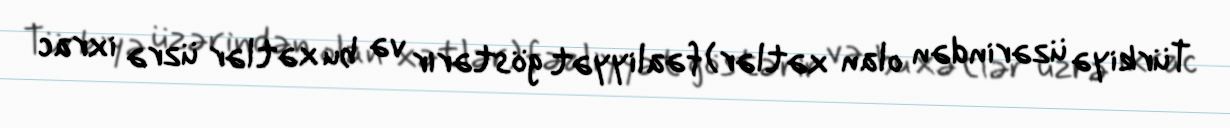
Türkiyə üzərindən olan xətlər) fəaliyyət göstərir və bu xətlər üzrə ixrac